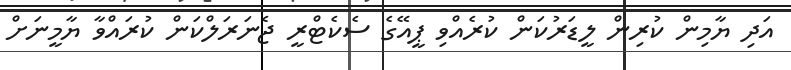
އަދި ޔާމިން ކުރިން ލީޑަރުކަން ކުރެއްވި ޕީއޭގެ ސެކެޓްރީ ޖެނަރަލްކަން ކުރައްވާ ޔާމީނަށް